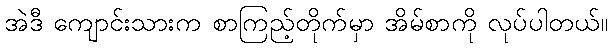
အဲဒီ ကျောင်းသားက စာကြည့်တိုက်မှာ အိမ်စာကို လုပ်ပါတယ်။